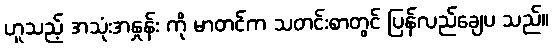
ဟူသည့် အသုံးအနှုန်း ကို မာတင်က သတင်းစာတွင် ပြန်လည်ချေပ သည်။